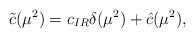
\begin{align*}\tilde{c}(\mu^2)=c_{IR}\delta(\mu^2)+\hat{c}(\mu^2),\end{align*}